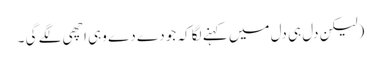
(لیکن دل ہی دل میں کہنے لگا کہ جو دے دے وہی اچھی لگے گی ۔